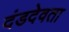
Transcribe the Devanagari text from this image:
दंडदेवता